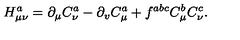
H _ { \mu \nu } ^ { a } = \partial _ { \mu } C _ { \nu } ^ { a } - \partial _ { v } C _ { \mu } ^ { a } + f ^ { a b c } C _ { \mu } ^ { b } C _ { \nu } ^ { c } .